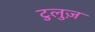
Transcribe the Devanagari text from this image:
टुलुज़